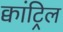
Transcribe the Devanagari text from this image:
क्वांट्रिल